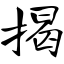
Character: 揭